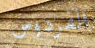
الفردوس